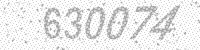
Solution: 630074